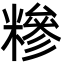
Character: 糝